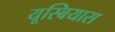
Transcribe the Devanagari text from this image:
यूस्बियास